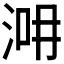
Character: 𣵢